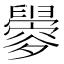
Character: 𬜀